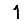
Digit: 1